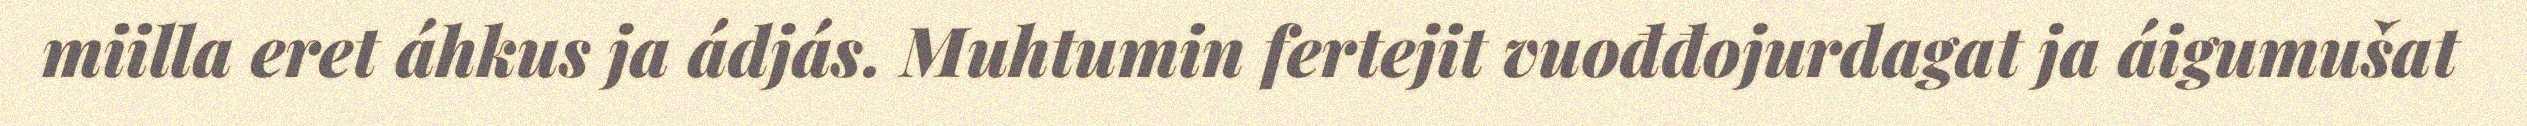
miilla eret áhkus ja ádjás. Muhtumin fertejit vuođđojurdagat ja áigumušat